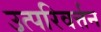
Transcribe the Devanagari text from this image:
उत्परिवर्त्तन